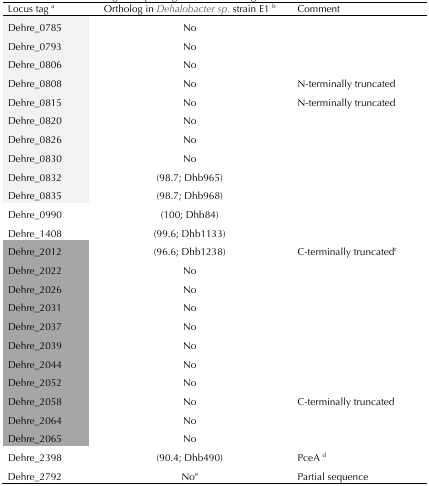
| Locus tag a | Ortholog in Dehalobacter sp.strain E1 b | Comment |
 | --- | --- | --- |
 | Dehre_0785 | No |  |
 | Dehre_0793 | No |  |
 | Dehre_0806 | No |  |
 | Dehre_0808 | No | N-terminally truncated |
 | Dehre_0815 | No | N-terminally truncated |
 | Dehre_0820 | No |  |
 | Dehre_0826 | No |  |
 | Dehre_0830 | No |  |
 | Dehre_0832 | (98.7; Dhb965) |  |
 | Dehre_0835 | (98.7; Dhb968) |  |
 | Dehre_0990 | (100; Dhb84) |  |
 | Dehre_1408 | (99.6; Dhb1133) |  |
 | Dehre_2012 | (96.6; Dhb1238) | C-terminally truncatedc |
 | Dehre_2022 | No |  |
 | Dehre_2026 | No |  |
 | Dehre_2031 | No |  |
 | Dehre_2037 | No |  |
 | Dehre_2039 | No |  |
 | Dehre_2044 | No |  |
 | Dehre_2052 | No |  |
 | Dehre_2058 | No | C-terminally truncated |
 | Dehre_2064 | No |  |
 | Dehre_2065 | No |  |
 | Dehre_2398 | (90.4; Dhb490) | PceA d |
 | Dehre_2792 | Noe | Partial sequence |